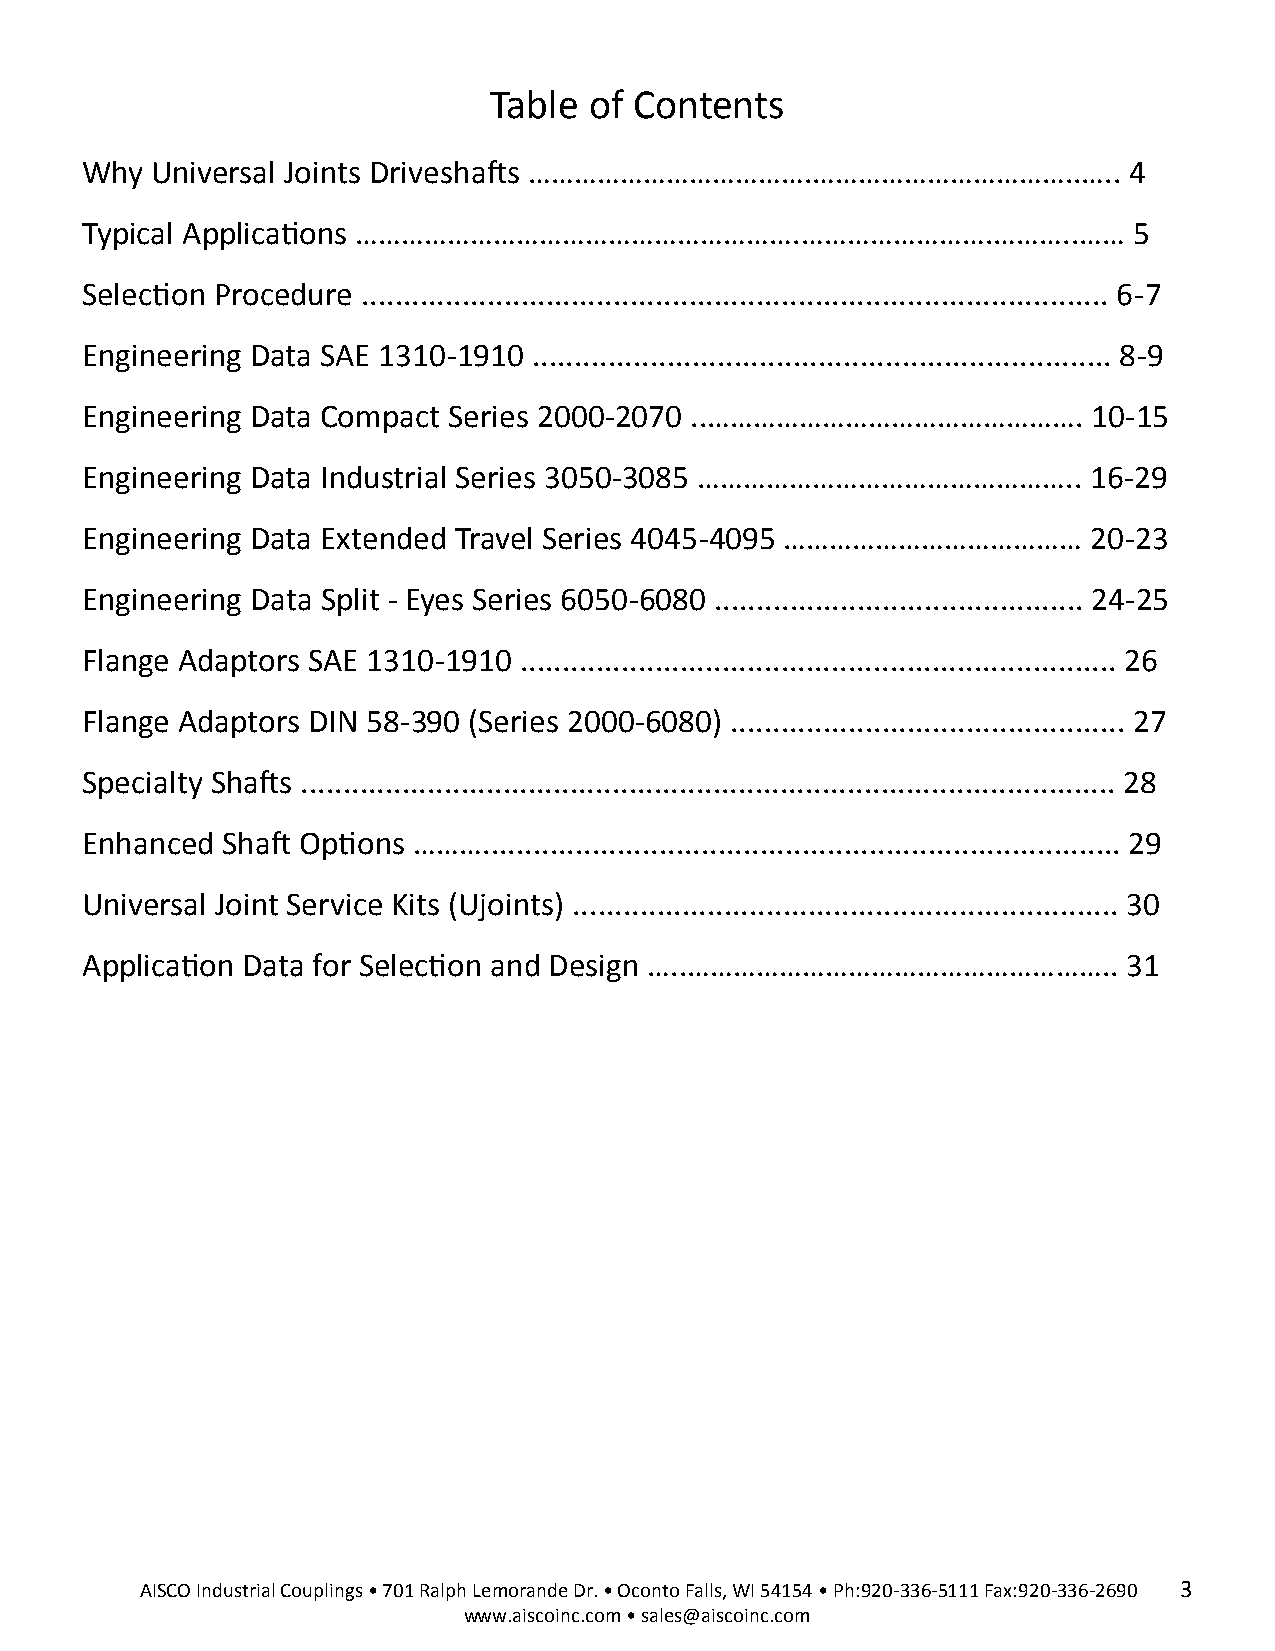
Table  of Contents
 Why  Universal Joints Driveshafts ……………………………….……………………………..…..       4
 Typical Applications ………………………………………………….…………………….………..……             5
 Selection Procedure ......................................................................................... 6-7
 Engineering Data SAE 1310-1910 ..................................................................... 8-9
 Engineering Data Compact Series 2000-2070 ..………………………………………….      10-15
 Engineering Data Industrial Series 3050-3085 …………………………………………..    16-29
 Engineering Data Extended Travel Series 4045-4095 …………………………………    20-23
 Engineering Data Split - Eyes Series 6050-6080 ............................................ 24-25
 Flange Adaptors SAE 1310-1910 ....................................................................... 26
 Flange Adaptors DIN 58-390 (Series 2000-6080) ............................................... 27
 Specialty Shafts ................................................................................................. 28
 Enhanced  Shaft Options ………............................................................................ 29
 Universal Joint Service Kits (Ujoints) ................................................................. 30
 Application Data for Selection and Design …..………………………………………………..     31
 AISCO Industrial Couplings • 701 Ralph Lemorande Dr. • Oconto Falls, WI 54154 • Ph:920-336-5111 Fax:920-336-2690 3
 www.aiscoinc.com • sales@aiscoinc.com